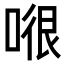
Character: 𭉂